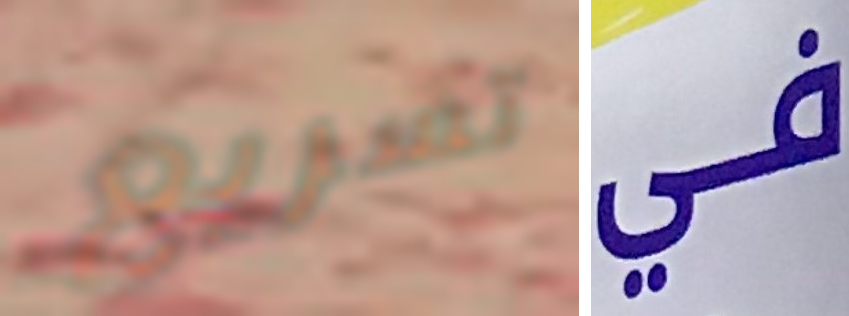
تسريع في